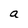
Character: a